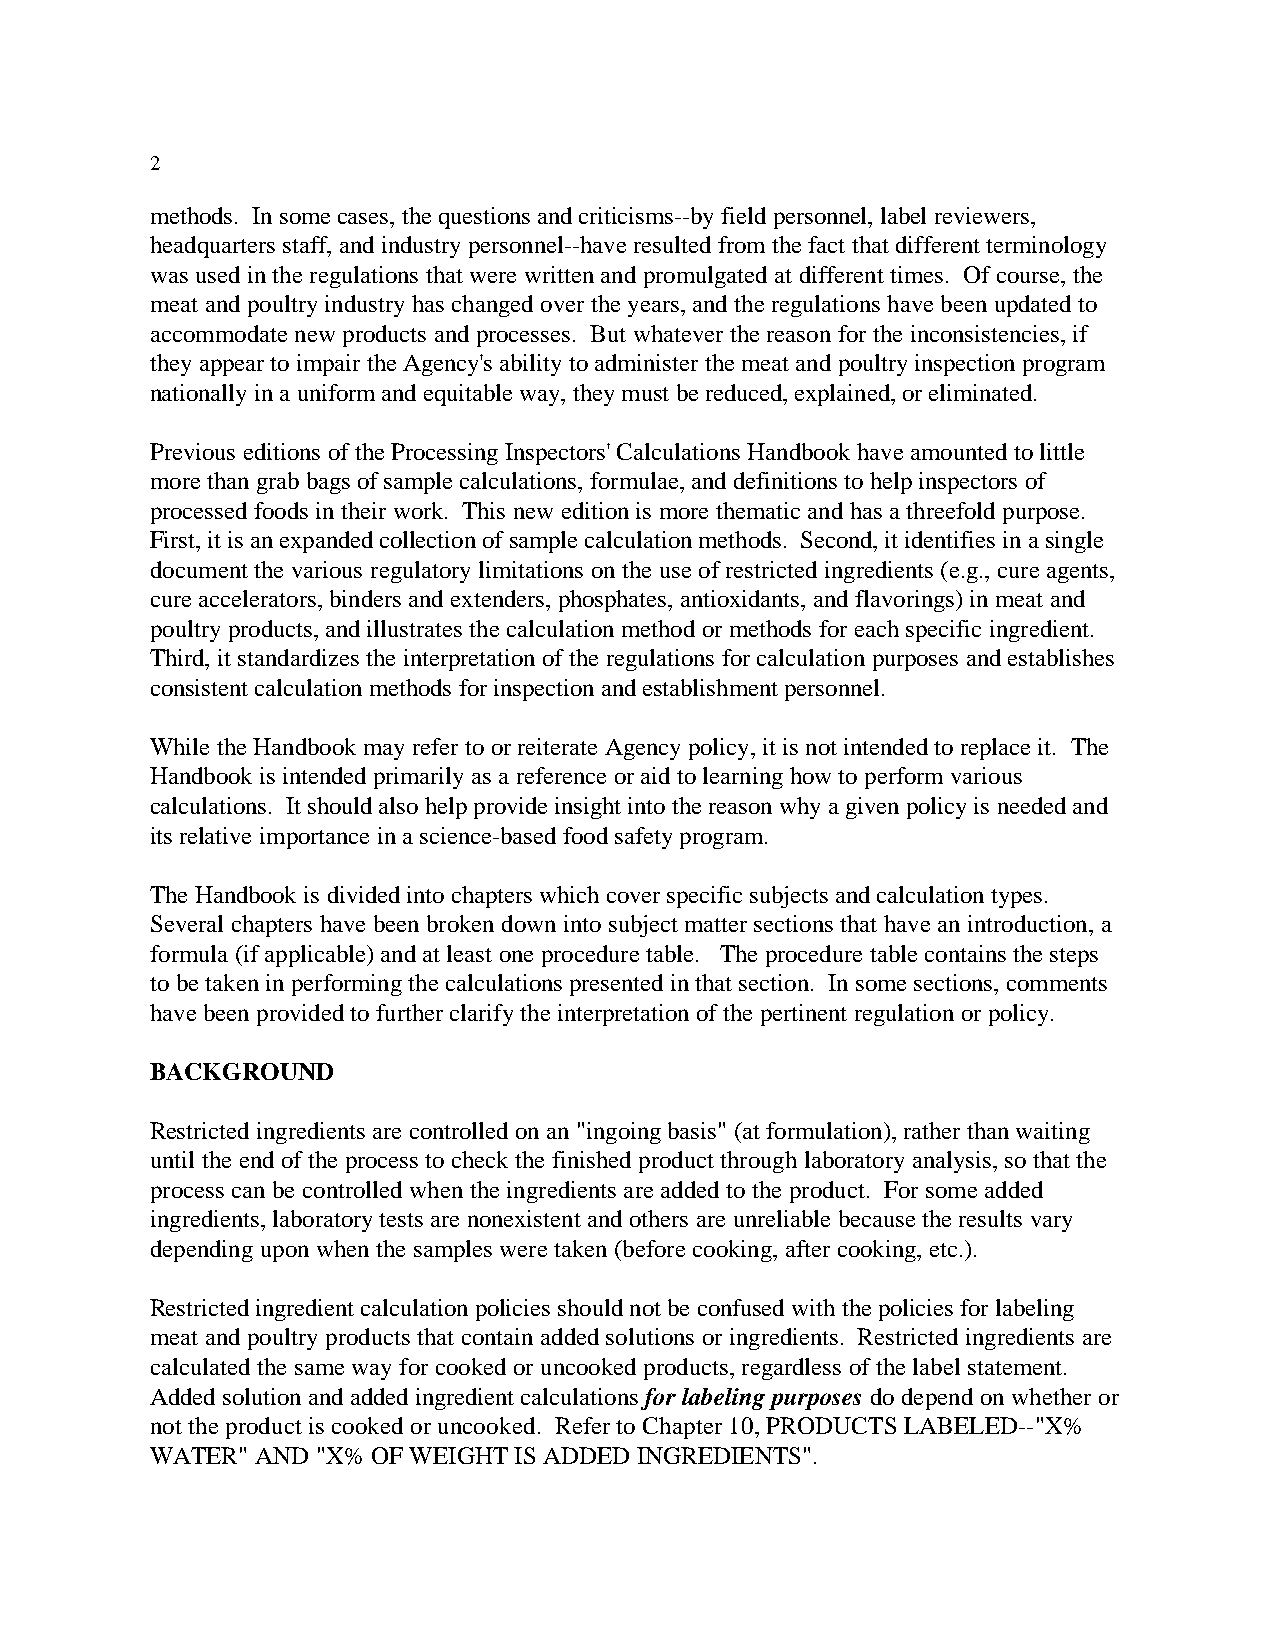
2
 methods. In some cases, the questions and criticisms--by field personnel, label reviewers,
 headquarters staff, and industry personnel--have resulted from the fact that different terminology
 was used in the regulations that were written and promulgated at different times. Of course, the
 meat and poultry industry has changed over the years, and the regulations have been updated to
 accommodate new products and processes. But whatever the reason for the inconsistencies, if
 they appear to impair the Agency's ability to administer the meat and poultry inspection program
 nationally in a uniform and equitable way, they must be reduced, explained, or eliminated.
 Previous editions of the Processing Inspectors' Calculations Handbook have amounted to little
 more than grab bags of sample calculations, formulae, and definitions to help inspectors of
 processed foods in their work. This new edition is more thematic and has a threefold purpose.
 First, it is an expanded collection of sample calculation methods. Second, it identifies in a single
 document the various regulatory limitations on the use of restricted ingredients (e.g., cure agents,
 cure accelerators, binders and extenders, phosphates, antioxidants, and flavorings) in meat and
 poultry products, and illustrates the calculation method or methods for each specific ingredient.
 Third, it standardizes the interpretation of the regulations for calculation purposes and establishes
 consistent calculation methods for inspection and establishment personnel.
 While the Handbook may refer to or reiterate Agency policy, it is not intended to replace it. The
 Handbook is intended primarily as a reference or aid to learning how to perform various
 calculations. It should also help provide insight into the reason why a given policy is needed and
 its relative importance in a science-based food safety program.
 The Handbook is divided into chapters which cover specific subjects and calculation types.
 Several chapters have been broken down into subject matter sections that have an introduction, a
 formula (if applicable) and at least one procedure table. The procedure table contains the steps
 to be taken in performing the calculations presented in that section. In some sections, comments
 have been provided to further clarify the interpretation of the pertinent regulation or policy.
 BACKGROUND
 Restricted ingredients are controlled on an "ingoing basis" (at formulation), rather than waiting
 until the end of the process to check the finished product through laboratory analysis, so that the
 process can be controlled when the ingredients are added to the product. For some added
 ingredients, laboratory tests are nonexistent and others are unreliable because the results vary
 depending upon when the samples were taken (before cooking, after cooking, etc.).
 Restricted ingredient calculation policies should not be confused with the policies for labeling
 meat and poultry products that contain added solutions or ingredients. Restricted ingredients are
 calculated the same way for cooked or uncooked products, regardless of the label statement.
 Added solution and added ingredient calculations for labeling purposes do depend on whether or
 not the product is cooked or uncooked. Refer to Chapter 10, PRODUCTS LABELED--"X%
 WATER" AND "X% OF WEIGHT IS ADDED INGREDIENTS".